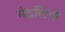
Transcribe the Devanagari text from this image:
मंडलियो